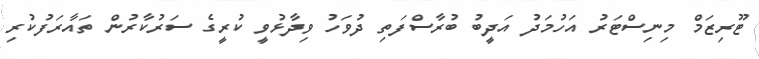
ޓޫރިޒަމް މިނިސްޓަރު އަހުމަދު އަދީބު ބުރާސްފަތި ދުވަހު ވިދާޅުވީ ކުރީގެ ސަރުކާރުން ތައާރަފުކުރި